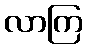
လာကြ